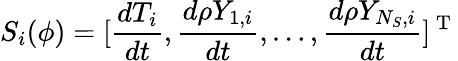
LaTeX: S_{i}(\phi)=[\frac{dT_{i}}{dt},\frac{d\rho Y_{1,i}}{dt},\ldots,\frac{d\rho Y_{{N_{S}},i}}{dt}]^{\mathrm{~T~}}